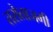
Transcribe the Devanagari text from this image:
तरोताजगी